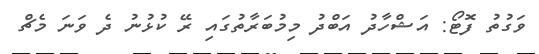
ވަގުތު ފޮޓޯ: އަޝްހާދު އަބްދު މިމުބަރާތުގައި ރޭ ކުޅުނު ދެ ވަނަ މެޗް